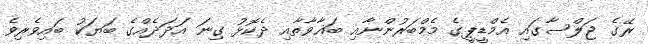
ރޭގެ ޖަލްސާގައި އެމްޑީޕީގެ މެމްބަރުންނާއި ބަޣާވާތާއި ދެކޮޅު ގިނަ އަދަދެއްގެ ބަޔަކު ބައިވެރިވެ